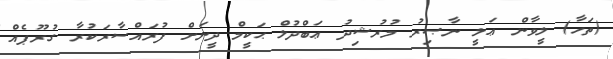
(ތަހާ) ލީވާން ޢަލީ ނާޞިރު މުރުޝިދު ޢަބްދުލް ޙަކީމް ދީނަށް ފުރައްސާރަކުރާ ގުރޫޕެއް